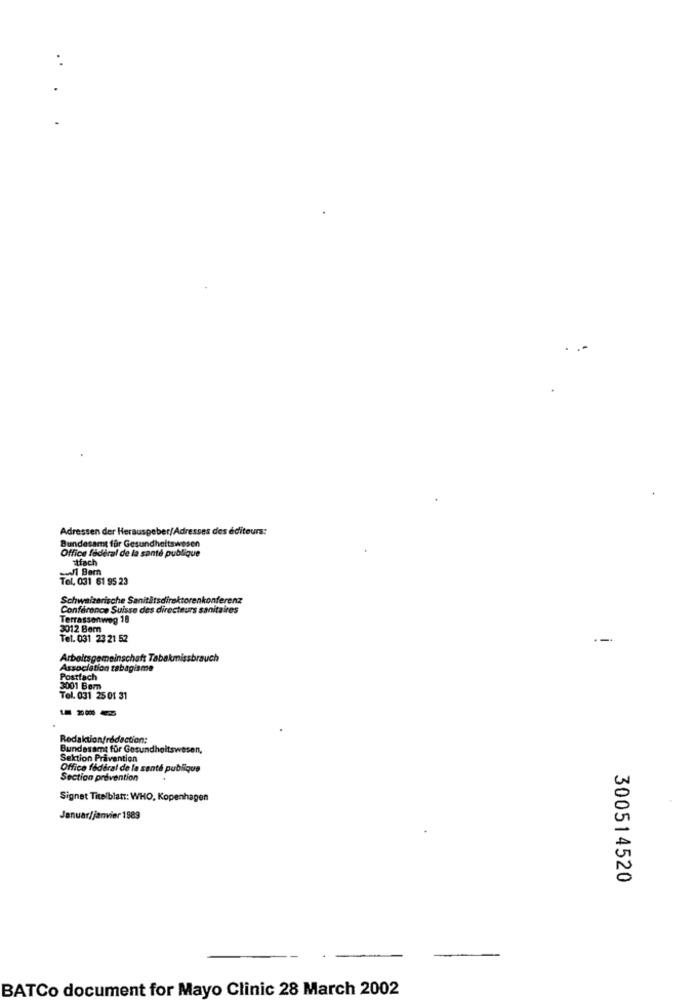
:
Adressen der Herauspeber/Adresses des éditeurs:
Bundesamt für Gesundheitswesen
Office fédéral de la santé publique
itfach
1 Barn
Tel. 031 61 95 23
Schweizerische Sanitätsdirektorenkonferenz
Conference Suisse des directeurs sanitaires
Terrassonweg 18
3012 Bem
Tel. 031 23 21 52
Arbeitsgemeinschaft Tabakn
Association tabagisme
Postfach
3001 Bom
Tel. 031 25 01 31
Redaktion/redaction:
Bundesamt für Gesundheitswesen,
Sektion Pravention
Office federal de la santé publique
Section prevention
Signet Titelblat: WHO, Kopenhagen
Januar/janvier 1989
300514520
BATCo document for Mayo Clinic 28 March 2002